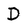
Character: D